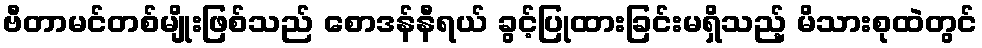
ဗီတာမင်တစ်မျိုးဖြစ်သည် စောဒန်နီရယ် ခွင့်ပြုထားခြင်းမရှိသည့် မိသားစုထဲတွင်